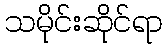
သမိုင်းဆိုင်ရာ